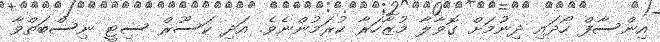
އިންސާފް ހޯދައި ދިނުމަށް ގޮވާލާ މުޒާހަރާ ކުރަމުންނެވެ. އަދި ކަސޫރް ސިޓީ ނިސްބަތްވާ